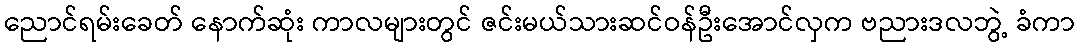
ညောင်ရမ်းခေတ် နောက်ဆုံး ကာလများတွင် ဇင်းမယ်သားဆင်ဝန်ဦးအောင်လှက ဗညားဒလဘွဲ့ ခံကာ